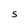
Character: S